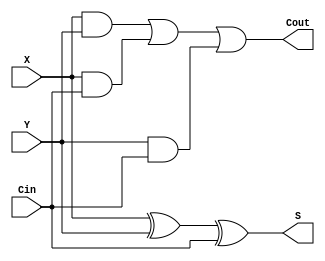
module binary_full_adder_1b(
	input Cin, X, Y,
	output S, Cout
);

xor (S, X, Y, Cin);
and (z1, X, Y);
and (z2, X, Cin);
and (z3, Y, Cin);
or (Cout, z1, z2, z3);

endmodule